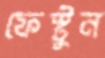
ফেস্টুন